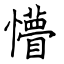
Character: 懵